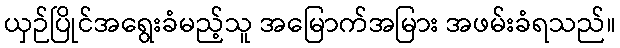
ယှဉ်ပြိုင်အရွေးခံမည့်သူ အမြောက်အမြား အဖမ်းခံရသည်။